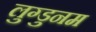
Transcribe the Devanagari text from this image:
लुग्डुनम